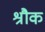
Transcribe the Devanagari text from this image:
श्रौक